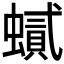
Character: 𲀈